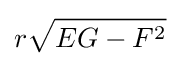
r{\sqrt {EG-F^{2}}}